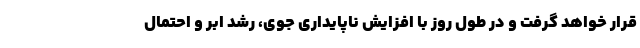
قرار خواهد گرفت و در طول روز با افزایش ناپایداری جوی، رشد ابر و احتمال